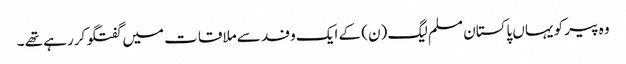
وہ پیر کو یہاں پاکستان مسلم لیگ (ن) کے ایک وفد سے ملاقات میں گفتگو کررہے تھے ۔